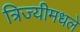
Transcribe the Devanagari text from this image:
त्रिज्यीमधले